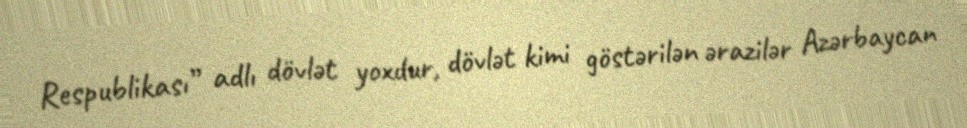
Respublikası” adlı dövlət yoxdur, dövlət kimi göstərilən ərazilər Azərbaycan